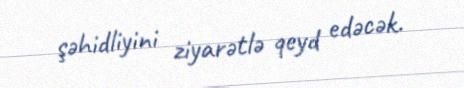
şəhidliyini ziyarətlə qeyd edəcək.